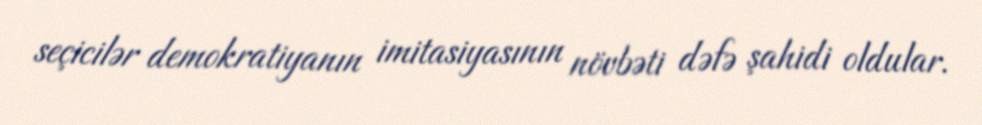
seçicilər demokratiyanın imitasiyasının növbəti dəfə şahidi oldular.